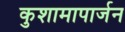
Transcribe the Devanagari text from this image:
कुशामापार्जन